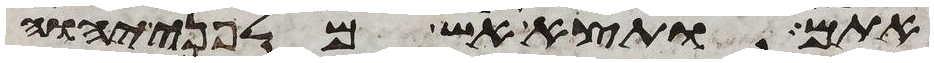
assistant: אתם ותצא אש מלפני יהוה